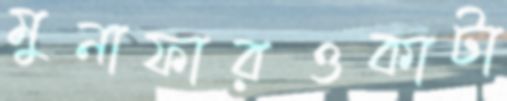
মুনাফারওকাটা